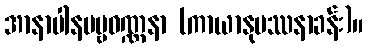
အာနာပါနပဗ္ဗဝဏ္ဏနာ (ကာယာနုပဿနာခန်း)။